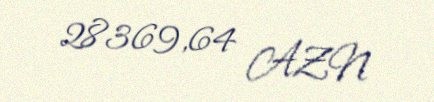
28369,64 AZN